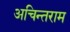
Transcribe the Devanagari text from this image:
अचिन्तराम